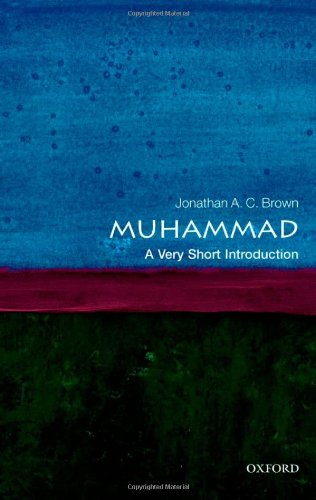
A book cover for Muhammad: A Very Short Introduction; Jonathan A.C. Brown; Religion & Spirituality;